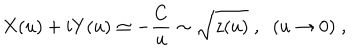
X ( u ) + i Y ( u ) \simeq - \frac { C } { u } \sim \sqrt { z ( u ) } \; , \; \; ( u \rightarrow 0 ) \; ,